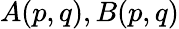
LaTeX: A(p,q),B(p,q)